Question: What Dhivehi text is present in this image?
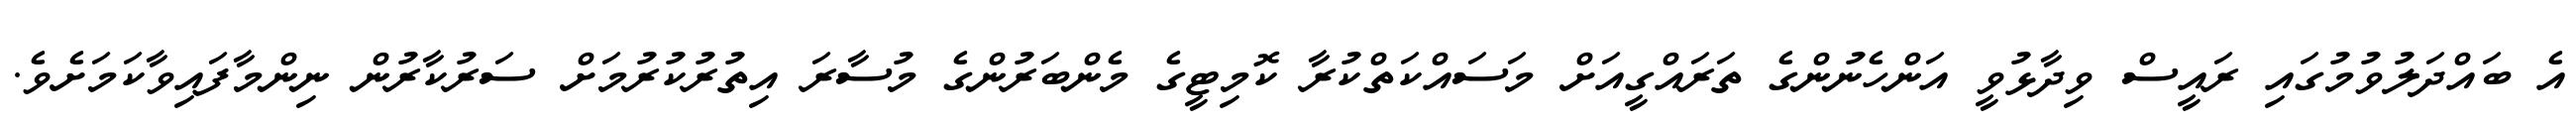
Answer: އެ ބައްދަލުވުމުގައި ރައީސް ވިދާޅުވީ އަންހެނުންގެ ތަރައްގީއަށް މަސައްކަތްކުރާ ކޮމިޓީގެ މެންބަރުންގެ މުސާރަ އިތުރުކުރުމަށް ސަރުކާރުން ނިންމާފައިވާކަމަށެވެ.